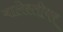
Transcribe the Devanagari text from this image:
बालेस्तीयर